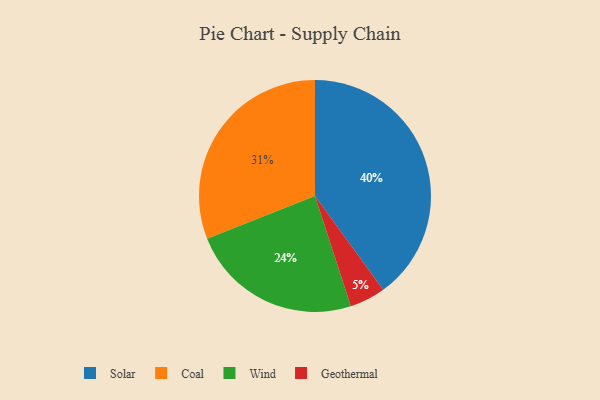
{"axis": {"x": "Category", "y": "Percentage"}, "legend": ["Coal", "Geothermal", "Solar", "Wind"], "data": [{"x": "Coal", "y": 31, "type": "Coal"}, {"x": "Wind", "y": 24, "type": "Wind"}, {"x": "Solar", "y": 40, "type": "Solar"}, {"x": "Geothermal", "y": 5, "type": "Geothermal"}]}